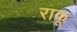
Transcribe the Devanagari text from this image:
राकू